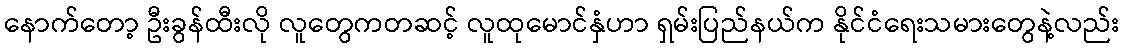
နောက်တော့ ဦးခွန်ထီးလို လူတွေကတဆင့် လူထုမောင်နှံဟာ ရှမ်းပြည်နယ်က နိုင်ငံရေးသမားတွေနဲ့လည်း